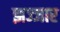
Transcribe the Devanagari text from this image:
झज्जार